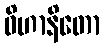
ဝိဟာနိတော